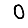
Digit: 0